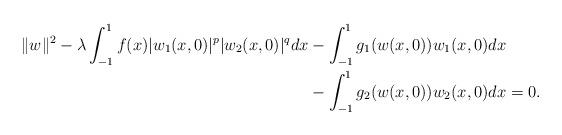
LaTeX: \begin{align*}\|w\|^2 -\lambda \int_{-1}^1f(x)|w_1(x, 0)|^p|w_2(x,0)|^q dx&-\int_{-1}^1 g_1(w(x, 0))w_1(x, 0) dx\\&-\int_{-1}^1 g_2(w(x, 0))w_2(x, 0) dx=0.\end{align*}